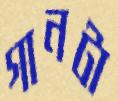
গানটা